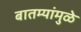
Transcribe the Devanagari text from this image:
बातम्यांमुळे